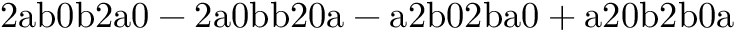
\mathrm { 2 a b 0 b 2 a 0 - 2 a 0 b b 2 0 a - a 2 b 0 2 b a 0 + a 2 0 b 2 b 0 a }